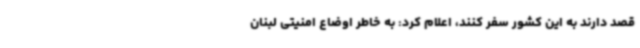
قصد دارند به این کشور سفر کنند، اعلام کرد: به خاطر اوضاع امنیتی لبنان